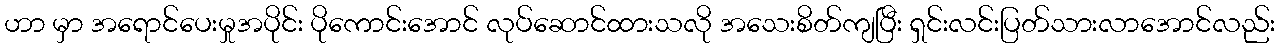
ဟာ မှာ အရောင်ပေးမှုအပိုင်း ပိုကောင်းအောင် လုပ်ဆောင်ထားသလို အသေးစိတ်ကျပြီး ရှင်းလင်းပြတ်သားလာအောင်လည်း